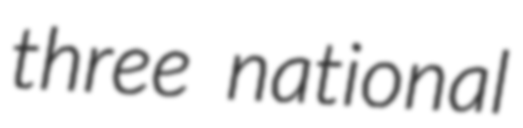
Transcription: three national